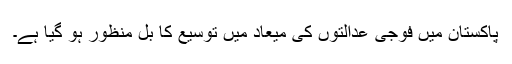
پاکستان میں فوجی عدالتوں کی میعاد میں توسیع کا بل منظور ہو گیا ہے۔